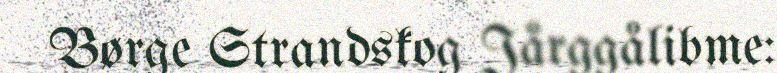
Børge Strandskog Jårggålibme: